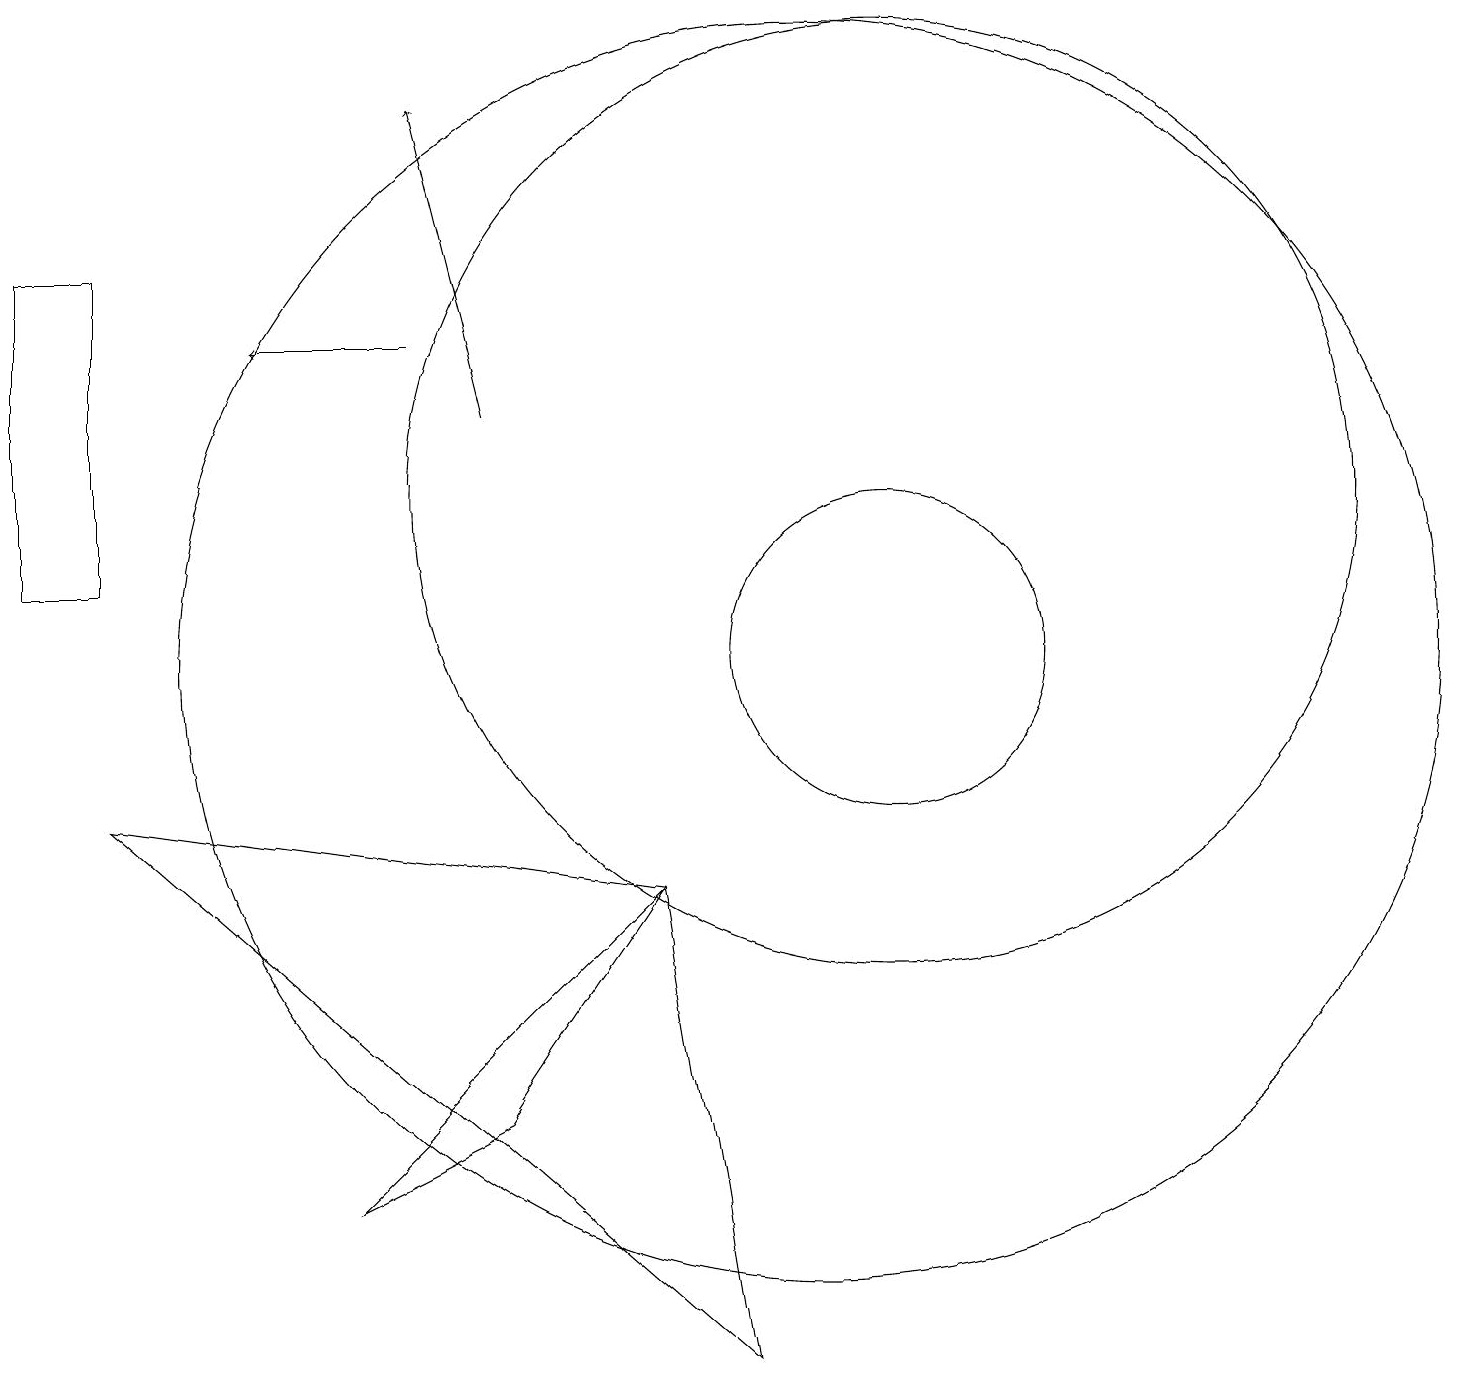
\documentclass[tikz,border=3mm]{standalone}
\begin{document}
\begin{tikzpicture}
\draw (11,12) circle (6);
\draw[->] (5,14) -- (3,14);
\draw (11,10) circle (2);
\draw (0,15) rectangle (1,11);
\draw[->] (6,13) -- (5,17);
\draw (4,3) -- (6,4) -- (8,7) -- cycle;
\draw (10,10) circle (8);
\draw (1,8) -- (8,7) -- (9,1) -- cycle;
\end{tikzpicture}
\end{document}